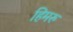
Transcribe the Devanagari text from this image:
हिमरु